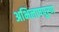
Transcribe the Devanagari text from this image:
अभिलाषपूरण